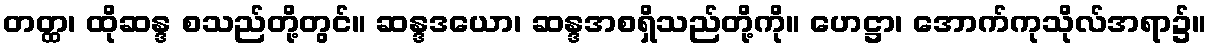
တတ္ထ၊ ထိုဆန္ဒ စသည်တို့တွင်။ ဆန္ဒဒယော၊ ဆန္ဒအစရှိသည်တို့ကို။ ဟေဋ္ဌာ၊ အောက်ကုသိုလ်အရာ၌။